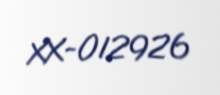
XX-012926